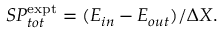
S P _ { t o t } ^ { \mathrm { e x p t } } = ( E _ { i n } - E _ { o u t } ) / \Delta X .